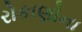
રોકાણોના